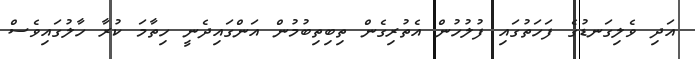
އަދި ވެލިގަނޑުގެ ފަހަތުގައި ފުލުހުން އެތުރިގެން ތިބިތިބުމުން އަންގައިދެނީ ހިތާމަ ކުރާ ހާލުގައިވެސް